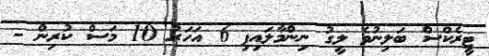
ޓީރެކްސް ބަލިނުވެ ލީގު ނިންމާލައިފި 6 އަހަރު 10 މަސް ކުރިން -